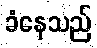
ခံနေသည်